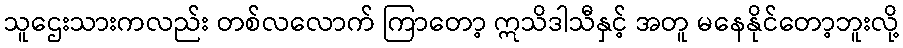
သူဌေးသားကလည်း တစ်လလောက် ကြာတော့ ဣသိဒါသီနှင့် အတူ မနေနိုင်တော့ဘူးလို့